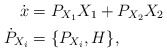
\begin{align*} \dot{x} & = P_{X_1} X_1 + P_{X_2} X_2 \\ \dot{P}_{X_i} & = \{ P_{X_i}, H \}, \end{align*}